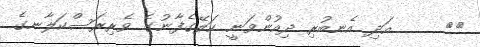
٤٢     އަދި އެނބުރި ދިއުންވަނީ ކަލޭގެފާނުގެ ވެރިރަސްކަލާނގެ